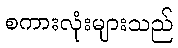
စကားလုံးများသည်